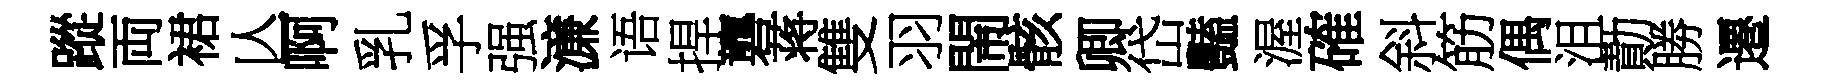
蹤両裙亾啊乳孚强濓语捍礱蒋雙羽閙骸卿岱豔渥確斜筋偶沮勣勝遷